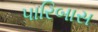
પારિબાસ